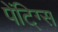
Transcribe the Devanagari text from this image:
पेंटि्ग्स